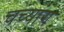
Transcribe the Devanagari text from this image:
चच्यांग